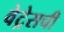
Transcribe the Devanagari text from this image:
वेट्रेसची